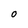
Character: O